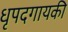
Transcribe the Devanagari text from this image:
धृपदगायकी